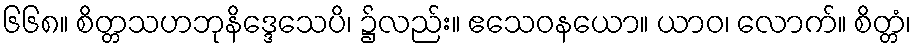
၆၆၈။ စိတ္တသဟဘုနိဒ္ဒေသေပိ၊ ၌လည်း။ ဧသေဝနယော။ ယာဝ၊ လောက်။ စိတ္တံ၊